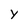
Character: y